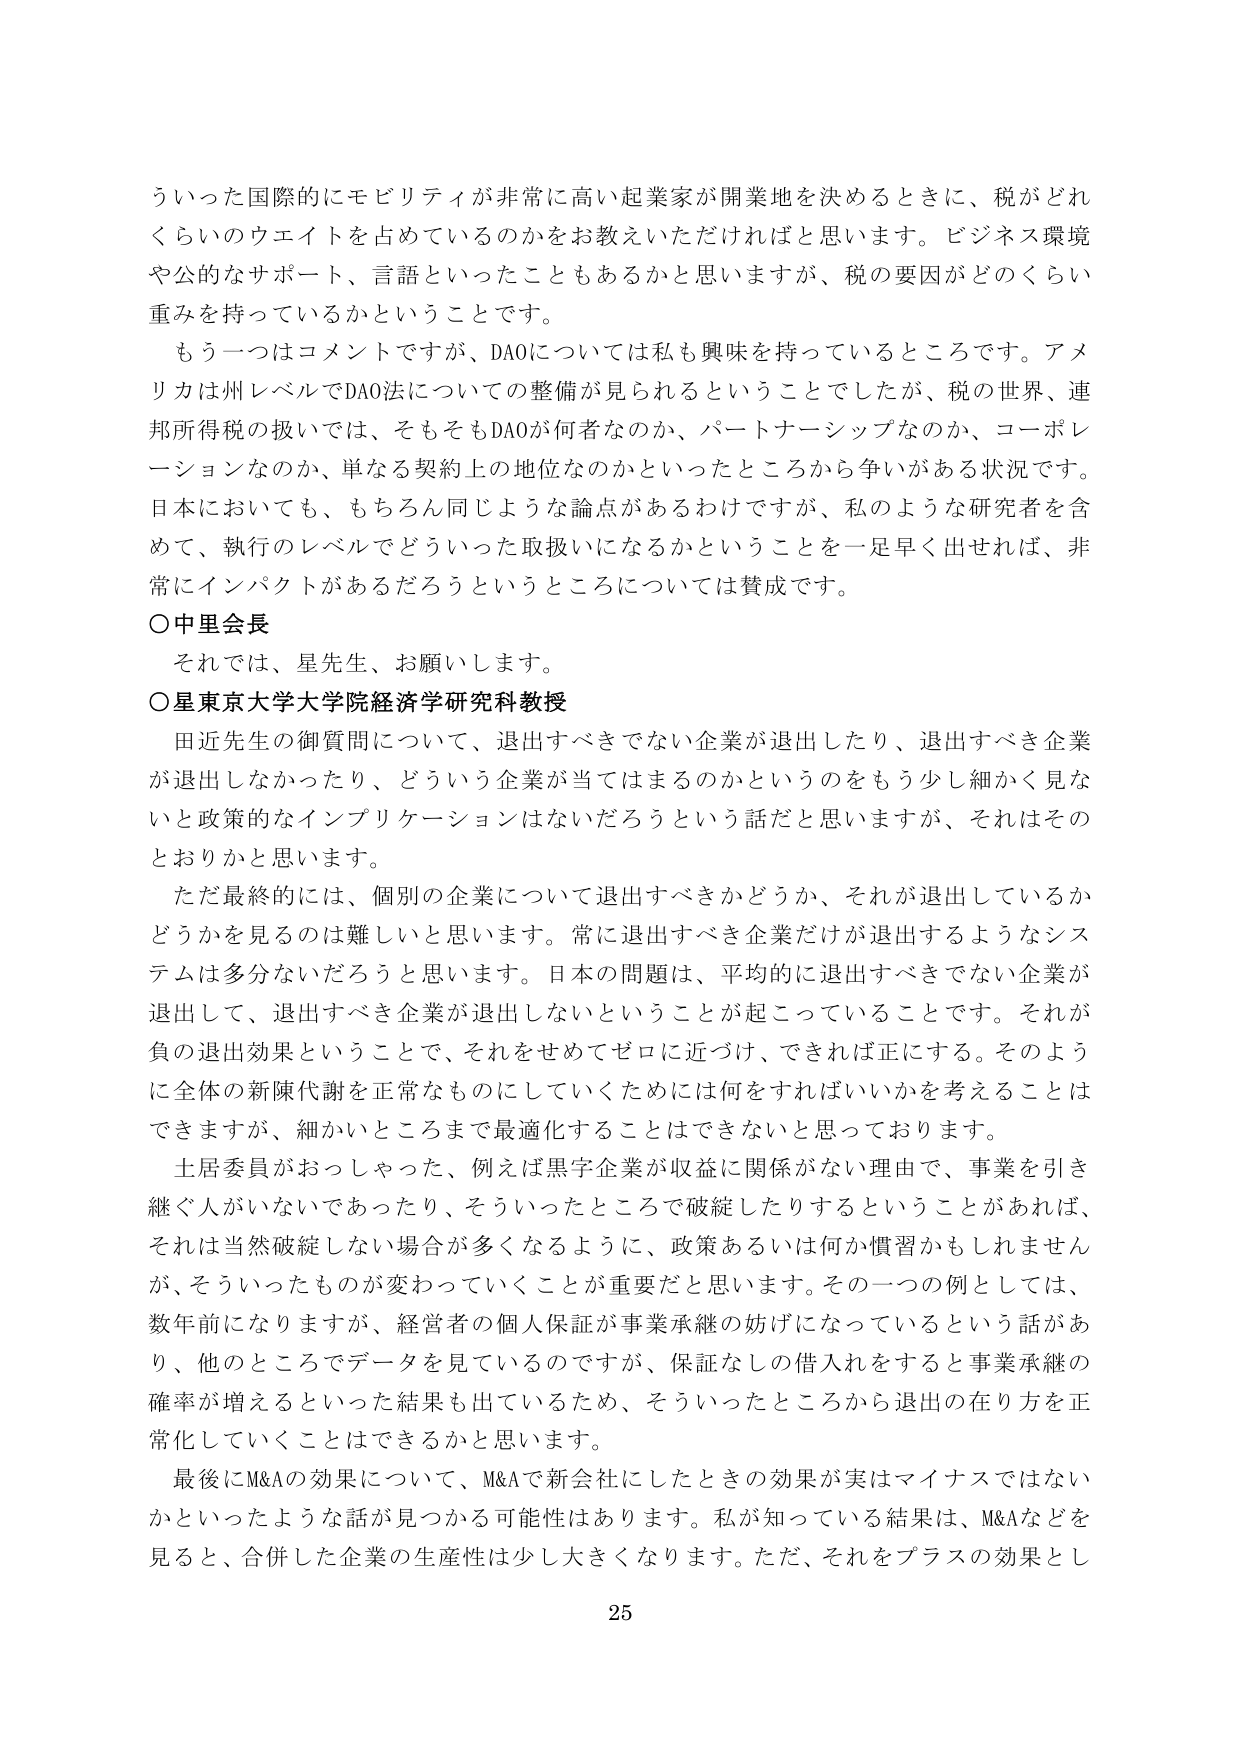
ういった国際的にモビリティが非常に高い起業家が開業地を決めるときに、税がどれくらいのウエイトを占めているのかをお教えいただければと思います。ビジネス環境や公的なサポート、言語といったこともあるかと思いますが、税の要因がどのくらい重みを持っているかということです。

もう一つはコメントですが、DAOについては私も興味を持っているところです。アメリカは州レベルでDAO法についての整備が見られるということでしたが、税の世界、連邦所得税の扱いでは、そもそもDAOが何者なのか、パートナーシップなのか、コーポレーションなのか、単なる契約上の地位なのかといったところから争いがある状況です。日本においても、もちろん同じような論点があるわけですが、私のような研究者を含めて、執行のレベルでどういった取扱いになるかということを一足早く出せれば、非常にインパクトがあるだろうというところについては賛成です。

○中里会長
それでは、星先生、お願いします。

○星東京大学大学院経済学研究科教授
田近先生の御質問について、退出すべきでない企業が退出したり、退出すべき企業が退出しなかったり、どういう企業が当てはまるのかというをもう少し細かく見ないと政策的なインプリケーションはないだろうという話だと思いますが、それはそのとおりかと思います。

ただ最終的には、個別の企業について退出すべきかどうか、それが退出しているかどうかを見るのは難しいと思います。常に退出すべき企業だけが退出するようなシステムは多分ないだろうと思います。日本の問題は、平均的に退出すべきでない企業が退出して、退出すべき企業が退出しないということが起こっていることです。それが負の退出効果ということで、それをせめてゼロに近づけ、できれば正にする。そのように全体の新陳代謝を正常なものにしていくためには何をすればいいかを考えることはできますが、細かいところまで最適化することはできないと思っております。

土居委員がおっしゃった、例えば黒字企業が収益に関係がない理由で、事業を引き継ぐ人がいないであったり、そういったところで破綻したりするということがあれば、それは当然破綻しない場合が多くなるように、政策あるいは何か慣習かもしれませんが、そういったものが変わっていくことが重要だと思います。その一つの例としては、数年前になりますが、経営者の個人保証が事業承継の妨げになっているという話があり、他のところでデータを見ているのですが、保証なしの借入れをすると事業承継の確率が増えるといった結果も出ているため、そういったところから退出の在り方を正常化していくことはできるかと思います。

最後にM&Aの効果について、M&Aで新会社にしたときの効果が実はマイナスではないかといったような話が見つかる可能性はあります。私が知っている結果は、M&Aなどを見ると、合併した企業の生産性は少し大きくなります。ただ、それをプラスの効果とし

25